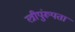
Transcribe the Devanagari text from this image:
स्त्रीपुंरूपता